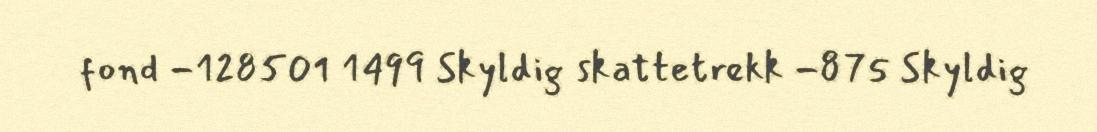
fond -128501 1499 Skyldig skattetrekk -875 Skyldig